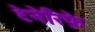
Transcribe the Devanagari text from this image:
टेनेरिफ़े